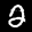
Label: 2